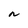
Character: n